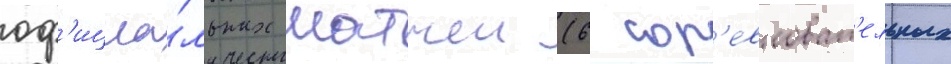
оф'ициа́льных матчеи (6 сор'евноват'ельных